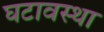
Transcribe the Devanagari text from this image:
घटावस्था